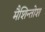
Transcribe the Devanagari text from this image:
मैशिन्तोश